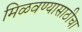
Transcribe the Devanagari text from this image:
मिळवण्यासाठीचा